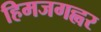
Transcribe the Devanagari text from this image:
हिमजगह्वर